King Institute of Preventive Medicine Bacteriolog. Section reports 1907-08
Year: 1907
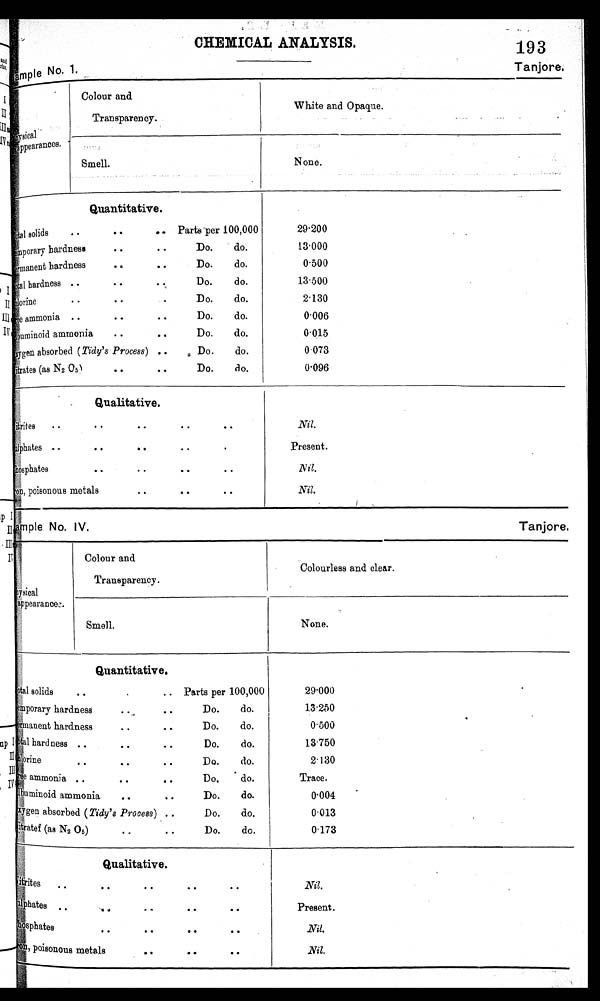
CHEMICAL ANALYSIS.
193
Sample. No. 1. Tanjore.
physical
appearances.
Colour and
Transparency.
White and Opaque.
.
Smell.
None.
Quantitative .
T o t a l s o l i d s
a • •
• • • •
• .
P a r t s p e r 1 0 0 , 0 0 0
T e m p o r a r y
hardness
• •
• •
T e m p o r a r y
Do.
do.
Permanent hardness
• .
• •
Do.
do.
Total hardness .. • • Do. do.
Chlorine • • .. D o. do.
Free ammonia .. • • • • Do. do.
Albuminoid ammonia • • • . Do. do.
Oxygen absorbed (Tidy's Process) .. Do. do.
Nitrates (as N2 O5) • • • • Do. do.
29.200
13.000
0.500
13.500
2.130
0.006
0.015
0 . 0 7 3
0.096
Qualitative.
Nitrites
. .
• •
..
• •
..
Sulphates ....
• •
• •
• •
Phosphates • • • • • • • •
on
Iron, poisonous metals • • • . • •
Nil.
Present.
Nil.
Nil.
Tanjore.
Sample No. IV.
Physical
appearances.
Colour and
Transparency.
Colourless and clear.
Smell.
None.
Quantitative .
T o t a l s o l i d s
. .
.
. .
P a r t s p e r 1 0 0 , 0 0 0 T e m p o r a r y
hardness
• •• •
Do.
do.
Permanent hardness
• •
• .
Do.
do.
Total hardness . .Do. do.
. .
• •
l o r i n e
•
• •
• •
Do.
do.
Free ammonia . .Do. do.
. •
..
Albuminoid ammonia.. do. , .
Oxygen absorbed (Tidy's Process) ..
Do.
do.
Nitrates (as N2 05)Do. do.
..
..
29.000
13.250
0.500
13.750
2.130
Trace.
0.004
0.013
0.173
Qualitative.
Nitrites
• •
. • •
• • •
. .
• • •
. .
..
.
• •
• •
Sulphates
phosphates
t
.. •
•
• .
• •
I r o n ,
p o
i s o n o u s m e t a l s
• •
• •
• •
Nil.
.
Present.
Nil.
Nil.